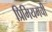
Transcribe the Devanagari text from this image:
प्रिमियमची